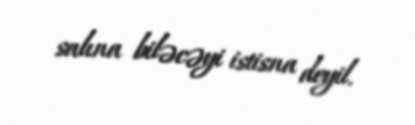
salına biləcəyi istisna deyil.